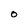
Character: O